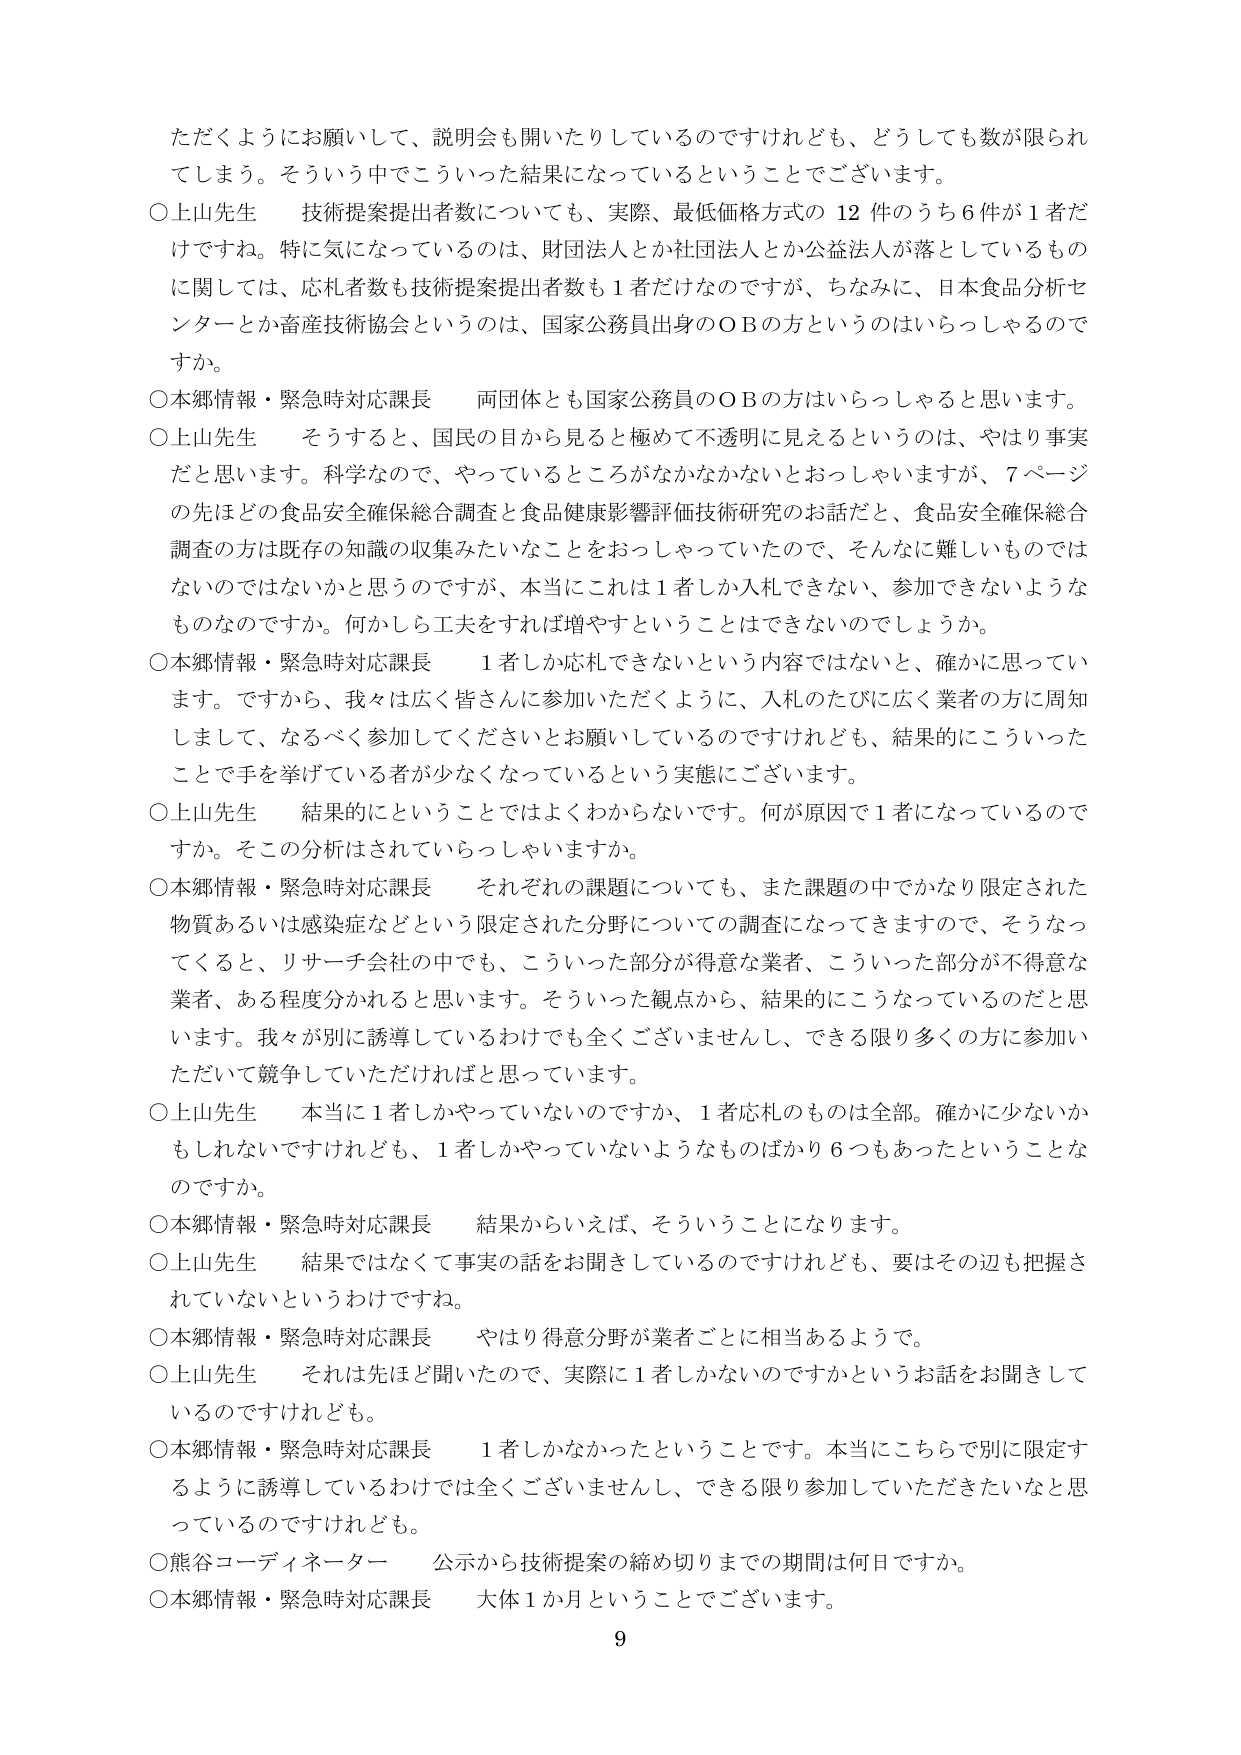
ただくようにお願いして、説明会も開いたりしているのですけれども、どうしても数が限られてしまう。そういう中でこういった結果になっているということでございます。

○上山先生　技術提案提出者数についても、実際、最低価格方式の12件のうち6件が1者だけですね。特に気になっているのは、財団法人とか社団法人とか公益法人が落としているものに関しては、応札者数も技術提案提出者数も1者だけなのですが、ちなみに、日本食品分析センターとか畜産技術協会というのは、国家公務員出身のOBの方というのはいらっしゃるのですか。

○本郷情報・緊急時対応課長　両団体とも国家公務員のOBの方はいらっしゃると思います。

○上山先生　そうすると、国民の目から見ると極めて不透明に見えるというのは、やはり事実だと思います。科学なので、やっているところがなかなかないとはおっしゃいますが、7ページの先ほどの食品安全確保総合調査と食品健康影響評価技術研究のお話だと、食品安全確保総合調査の方は既存の知識の収集みたいなことをおっしゃっていたので、そんなに難しいものではないのではないかと思うのですが、本当にこれは1者しか入札できない、参加できないようなものなのですか。何かしら工夫をすれば増やすということはできないのでしょうか。

○本郷情報・緊急時対応課長　1者しか応札できないという内容ではないと、確かに思っています。ですから、我々は広く皆さんに参加いただくように、入札のたびに広く業者の方に周知しまして、なるべく参加してくださいとお願いしているのですけれども、結果的にこういったことで手を挙げている者が少なくなっているという実態にございます。

○上山先生　結果的にということではよくわからないです。何が原因で1者になっているのですか。そこの分析はされていらっしゃいますか。

○本郷情報・緊急時対応課長　それぞれの課題についても、また課題の中でかなり限定された物質あるいは感染症などという限定された分野についての調査になってきますので、そうなるってくると、リサーチ会社の中でも、こういった部分が得意な業者、こういった部分が不得意な業者、ある程度分かれると思います。そういった観点から、結果的にこうなっているのだと思います。我々が別に誘導しているわけでも全くございませんし、できる限り多くの方に参加いただいて競争していただければと思っています。

○上山先生　本当に1者しかやっていないのですか、1者応札のものは全部。確かに少ないかもしれませんが、1者しかやっていないようなものばかり6つもあったということなのですか。

○本郷情報・緊急時対応課長　結果からいえば、そういうことになります。

○上山先生　結果ではなくて事実の話をお聞きしているのですけれども、要はその辺も把握されていないというわけですね。

○本郷情報・緊急時対応課長　やはり得意分野が業者ごとに相当するようで。

○上山先生　それは先ほど聞いたので、実際に1者しかないのですかというお話をお聞きしているのですけれども。

○本郷情報・緊急時対応課長　1者しかなかったということです。本当にこちらで別に限定するように誘導しているわけでは全くございませんし、できる限り参加していただきたいなと思っているのですけれども。

○熊谷コーディネーター　公示から技術提案の締め切りまでの期間は何日ですか。

○本郷情報・緊急時対応課長　大体1か月ということでございます。

9